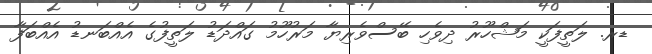
ޑރ. ލަތީފަކީ މަޝްހޫރު ދިވެހި ބޭސްވެރިޔާ މަރުހޫމު ގައްދަޑު ލަތީފުގެ އެއްބަނޑު އެއްބަފާ